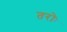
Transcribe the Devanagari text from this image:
तरोः